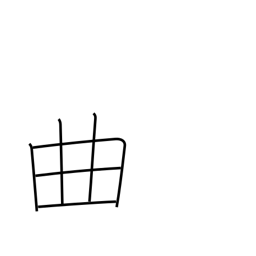
Meaning: fault